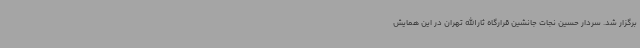
برگزار شد. سردار حسین نجات جانشین قرارگاه ثارالله تهران در این همایش